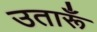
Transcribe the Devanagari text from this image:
उतारूँ